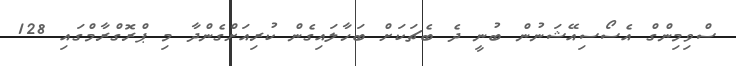
ސްވިމިންގް އެސޯސިއޭޝަނުން ބުނީ ދެ ބެޗަކަށް ބަހާލައިގެން ކުރިއަށްގެންދާ މި ޕްރޮގްރާމްގައި 128